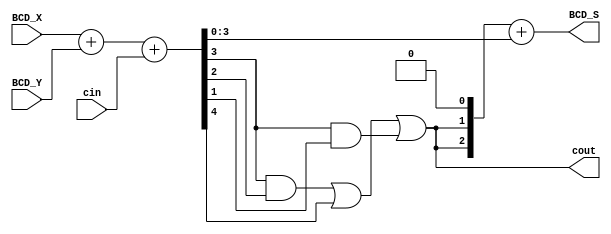
module Lab2_BCD_1bit_add_beh(BCD_X,BCD_Y,cin,BCD_S,cout);
input           [3:0]   BCD_X,BCD_Y;
output  reg     [3:0]   BCD_S;
input           cin;
output  reg     cout;
reg    [3:0]   Z;
reg            K;

always @ (*) begin
    {K,Z} = BCD_X+BCD_Y+cin;
     cout = (Z[3]&Z[2])|K|(Z[3]&Z[1]);
    BCD_S = {1'b0,cout,cout,1'b0} + Z;
end



endmodule